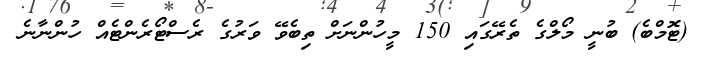
(ޓޮމްބެ) ބުނީ މޯލްގެ ތެރޭގައި 150 މީހުންނަށް ތިބެވޭ ވަރުގެ ރެސްޓޯރެންޓެއް ހުންނާނެ